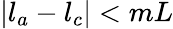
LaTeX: |l_{a}-l_{c}|<mL